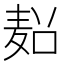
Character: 𱋏